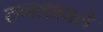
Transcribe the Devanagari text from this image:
ठणकावले